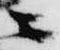
ニ